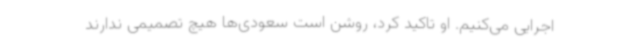
اجرایی می‌کنیم. او تاکید کرد، روشن است سعودی‌ها هیچ تصمیمی ندارند